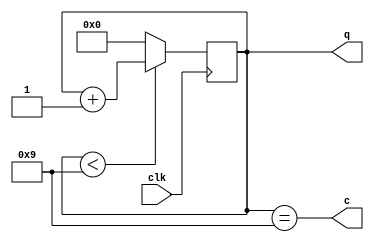
module counter(
    input clk,
    output [3:0] q,
    output c
);
    reg [3:0] q;
    always @(negedge clk)
        if(q<4'd9) q<=q+1;
        else q<=0;
    assign c=q==4'd9;
endmodule